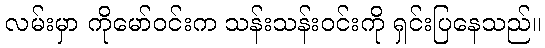
လမ်းမှာ ကိုမော်ဝင်းက သန်းသန်းဝင်းကို ရှင်းပြနေသည်။